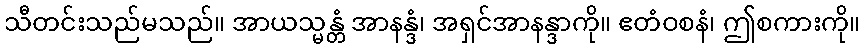
သီတင်းသည်မသည်။ အာယသ္မန္တံ အာနန္ဒံ၊ အရှင်အာနန္ဒာကို။ ဧတံဝစနံ၊ ဤစကားကို။